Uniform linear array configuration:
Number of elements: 16
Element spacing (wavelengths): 0.75
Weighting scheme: cosine
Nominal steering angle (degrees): -30
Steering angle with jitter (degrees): -28.669
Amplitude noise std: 0.05
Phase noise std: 0.05

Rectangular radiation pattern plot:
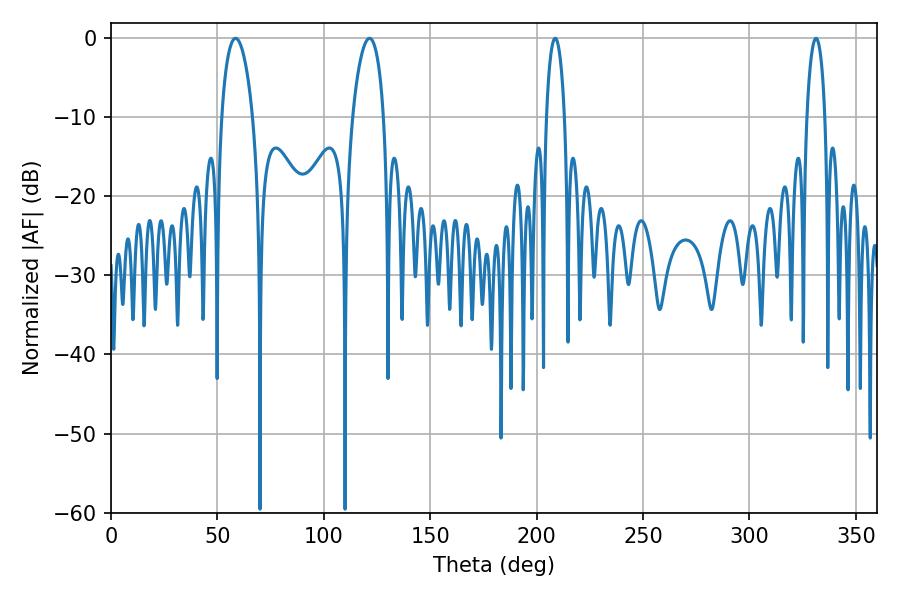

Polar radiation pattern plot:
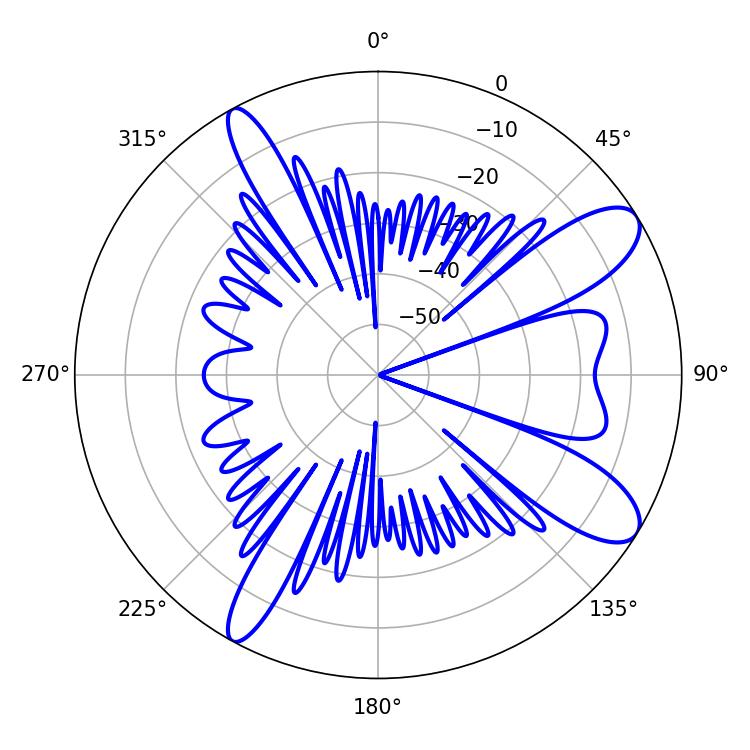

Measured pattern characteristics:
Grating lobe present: TRUE
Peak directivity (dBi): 10.244
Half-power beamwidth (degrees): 8.46
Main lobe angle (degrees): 58.5